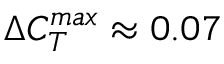
\Delta C _ { T } ^ { m a x } \approx 0 . 0 7